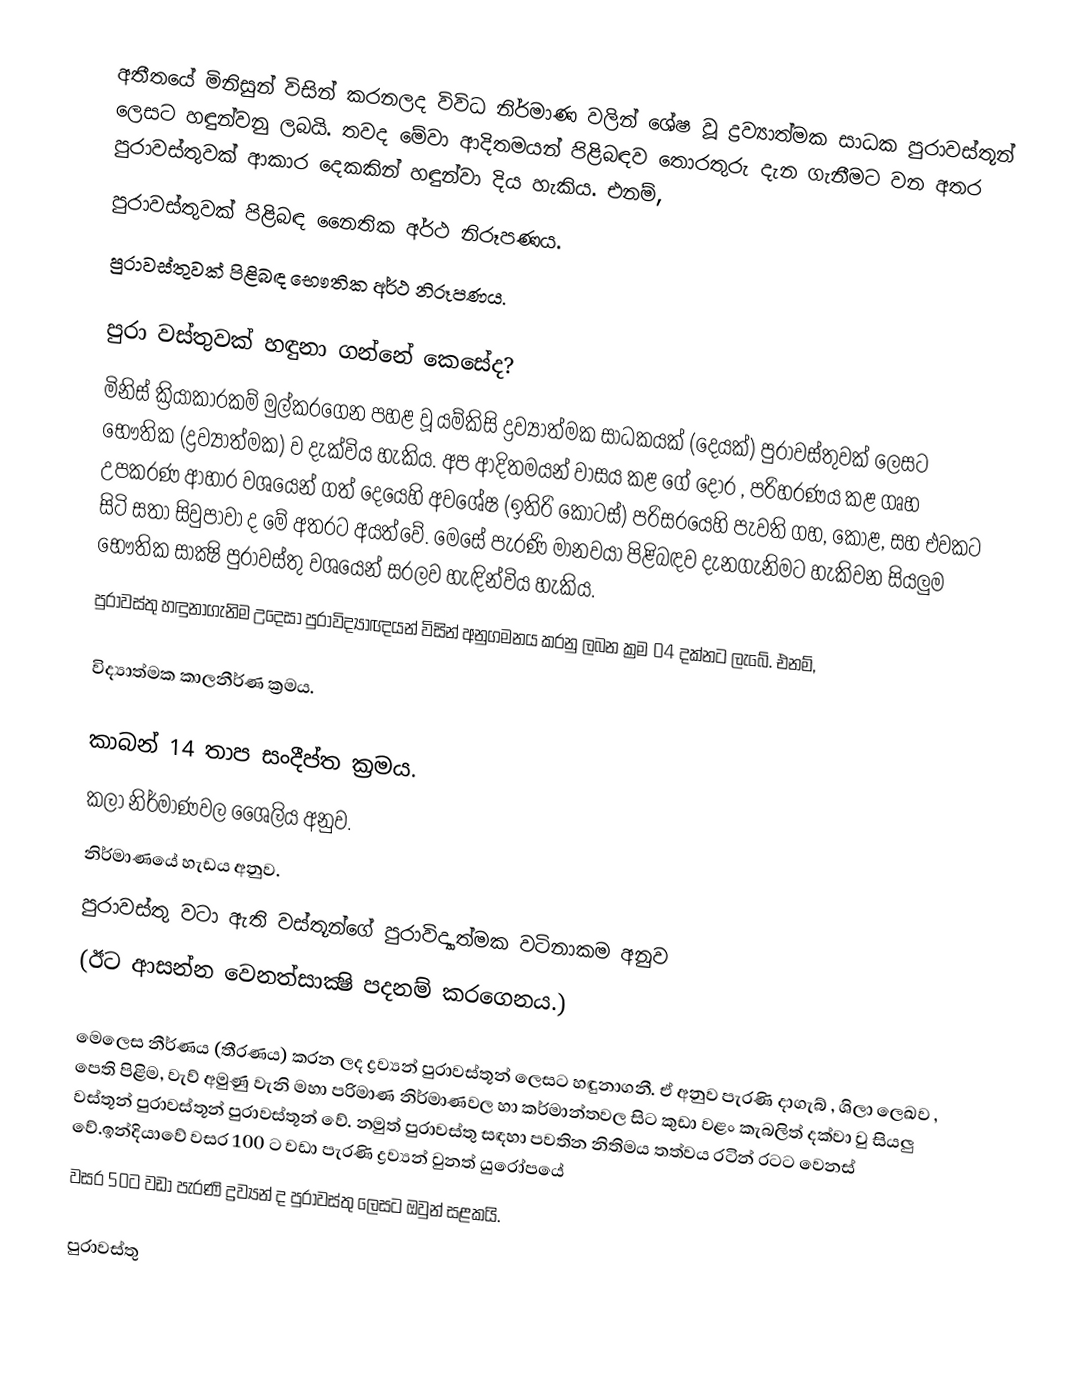
අතීතයේ මිනිසුන් විසින් කරනලද විවිධ නිර්මාණ වලින් ශේෂ වූ ද්‍රව්‍යාත්මක සාධක පුරාවස්තූන් ලෙසට හඳුන්වනු ලබයි. තවද මේවා ආදිතමයන් පිළිබඳව තොරතුරු දැන ගැනීමට වන අතර පුරාවස්තුවක් ආකාර දෙකකින් හඳුන්වා දිය හැකිය. එනම්,
 පුරාවස්තුවක් පිළිබඳ නෛතික අර්ථ නිරූපණය.
 පුරාවස්තුවක් පිළිබඳ භෞතික අර්ථ නිරූපණය.

පුරා වස්තුවක් හඳුනා ගන්නේ කෙසේද?
මිනිස් ක්‍රියාකාරකම් මුල්කරගෙන පහළ වූ යම්කිසි ද්‍රව්‍යාත්මක සාධකයක් (දෙයක්) පුරාවස්තුවක් ලෙසට භෞතික (ද්‍රව්‍යාත්මක) ව දැක්විය හැකිය. අප ආදිතමයන් වාසය කළ ගේ දොර , පරිහරණය කළ ගෘහ උපකරණ ආහාර වශයෙන් ගත් දෙයෙහි අවශේෂ (ඉතිරි කොටස්) පරිසරයෙහි පැවති ගහ, කොළ, සහ එවකට සිටි සතා සිවුපාවා ද මේ අතරට අයත්වේ. මෙසේ පැරණි මානවයා පිළිබඳව දැනගැනිමට හැකිවන සියලුම භෞතික සාක්‍ෂි පුරාවස්තු වශයෙන් සරලව හැඳින්විය හැකිය.
පුරාවස්තු හඳුනාගැනිම උදෙසා පුරාවිද්‍යාඥයන් විසින් අනුගමනය කරනු ලබන ක්‍රම 04 දක්නට ලැබේ. එනම්,

විද්‍යාත්මක කාලනීර්ණ ක්‍රමය.

 කාබන් 14 තාප සංදීප්ත ක්‍රමය.
 කලා නිර්මාණවල ‍‍‍ශෛලිය අනුව.
 නිර්මාණයේ හැඩය අනුව.
 පුරාවස්තු වටා ඇති වස්තූන්ගේ පුරාවිද්‍යාත්මක වටිනාකම අනුව
(ඊට ආසන්න වෙනත්සාක්‍ෂි පදනම් කරගෙනය.)

මෙලෙස නීර්ණය (තීරණය) කරන ලද ද්‍රව්‍යන් පුරාවස්තූන් ලෙසට හඳුනාගනී. ඒ අනුව පැරණි දාගැබ් , ශිලා ලෙඛව , පෙති පිළිම, වැව් අමුණු වැනි මහා පරිමාණ නිර්මාණවල හා කර්මාන්තවල සිට කුඩා වළං කැබලිත් දක්වා වු සියලු වස්තූන් පුරාවස්තූන් පුරාවස්තූන් වේ. නමුත් පුරාවස්තු සඳහා පවතින නිතිමය තත්වය රටින් රටට වෙනස් වේ.ඉන්දියාවේ වසර 100 ට වඩා පැරණි ද්‍රව්‍යන් වුනත් යුරෝප‍යේ
වසර 50ට වඩා පැරණි ද්‍රව්‍යන් ද පුරාවස්තු ලෙසට ඔවුන් සළකයි.

පුරාවස්තු